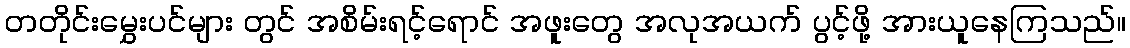
တတိုင်းမွှေးပင်များ တွင် အစိမ်းရင့်ရောင် အဖူးတွေ အလုအယက် ပွင့်ဖို့ အားယူနေကြသည်။